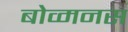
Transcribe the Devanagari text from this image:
बोव्मनस